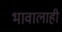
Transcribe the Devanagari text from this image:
भावालाही